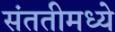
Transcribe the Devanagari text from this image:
संततीमध्ये